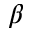
\beta